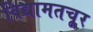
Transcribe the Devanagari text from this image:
विद्यामतचूर